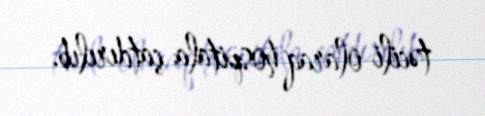
təcili olaraq hospitala çatdırılıb.